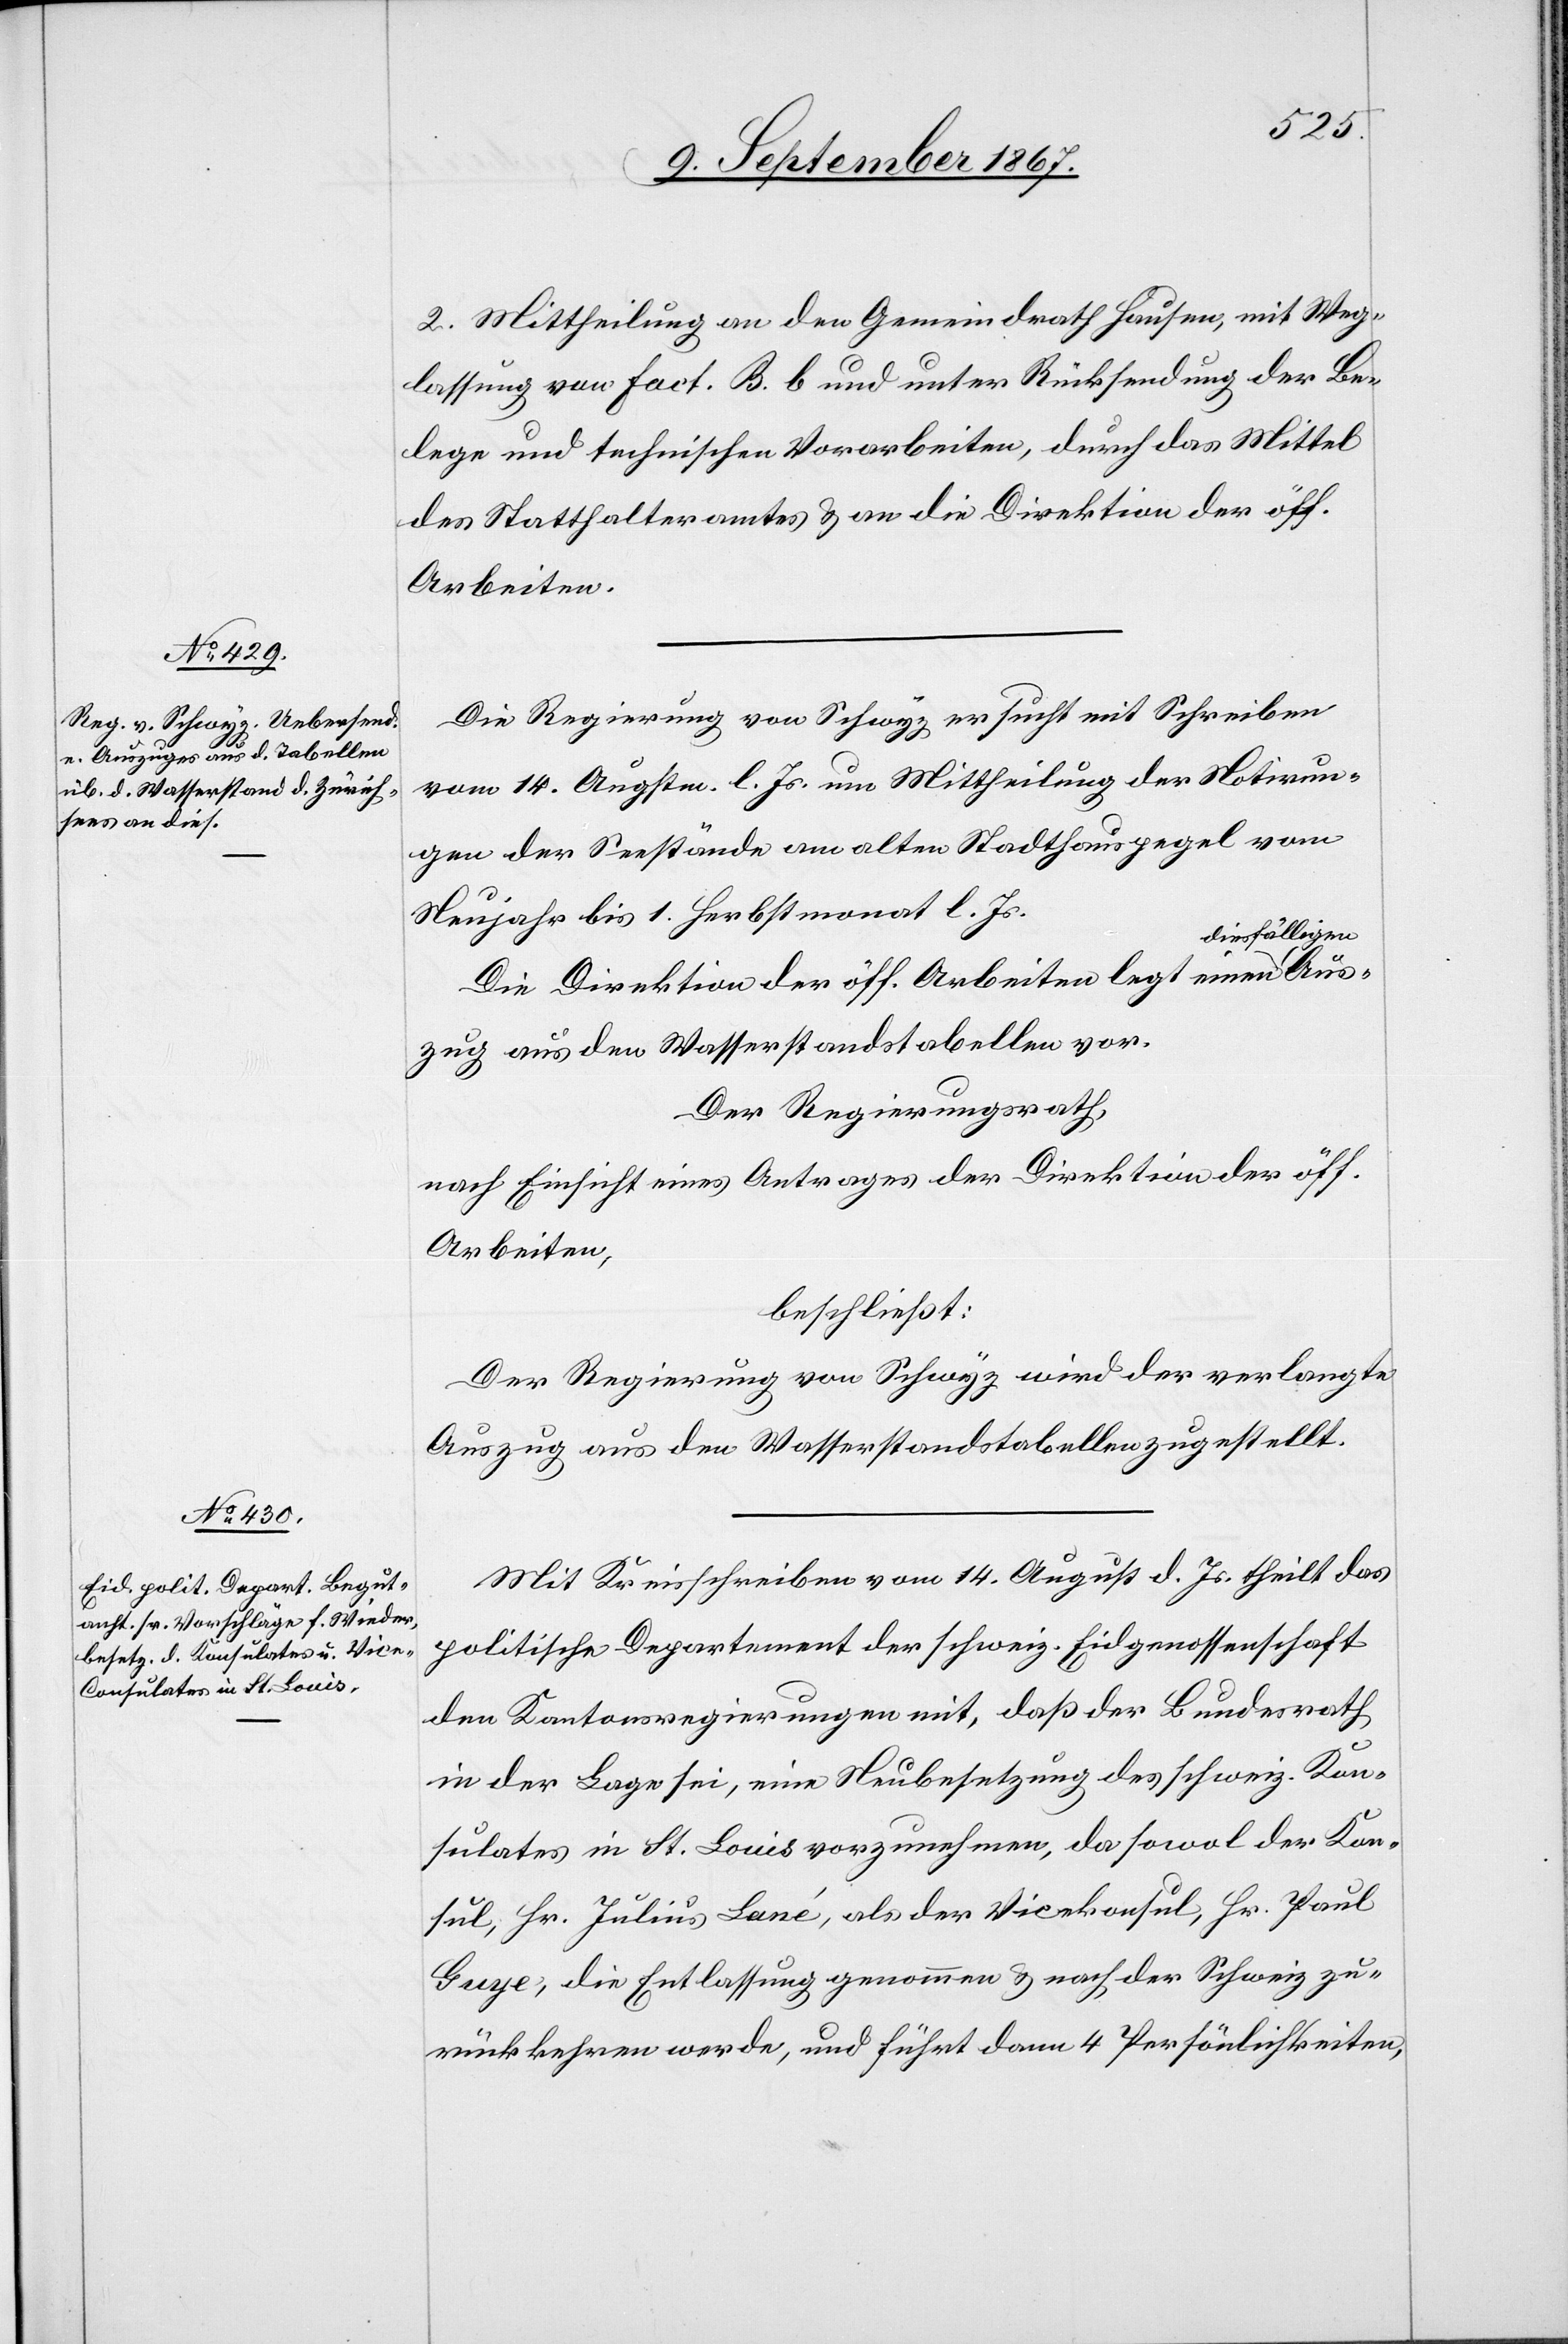
Aus¬
2. Mittheilung an den Gemeindrath Hausen, mit Weg¬
lassung von Fact. B. b und unter Rücksendung der Be¬
lege und technischen Vorarbeiten, durch das Mittel
des Statthalteramtes u. an die Direktion der öff.
Arbeiten.
Die Regierung von Schwyz ersucht mit Schreiben
vom 14. Augstm. l. Js. um Mittheilung der Notirun¬
gen der Seestände am alten Stadthauspegel vom
Neujahr bis 1. Herbstmonat l. Js.
iesfälligen
Die Direktion der öff. Arbeiten legt einen d¬
zug aus den Wasserstandstabellen vor.
Der Regierungsrath,
nach Einsicht eines Antrages der Direktion der öff.
Arbeiten,
beschließt:
Der Regierung von Schwyz wird der verlangte
Auszug aus den Wasserstandstabellen zugestellt.
Mit Kreisschreiben vom 14. August d. Js. theilt das
politische Departement der schweiz. Eidgenossenschaft
den Kantonsregierungen mit, daß der Bundesrath
in der Lage sei, eine Neubesetzung des schweiz. Kon¬
sulates in St. Louis vorzunehmen, da sowol der Kon¬
sul, Hr. Julius Lané, als der Vicekonsul, Hr. Pail
Guye, die Entlassung genommen u. nach der Schweiz zu¬
rückkehren werden, und führt dann 4 Persönlichkeiten,